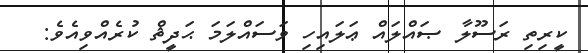
ކީރިތި ރަސޫލާ ޞައްލައް ޢަލައިހި ވަސައްލަމަ ޙަދީޘް ކުރެއްވިއެވެ: